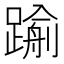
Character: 𨄫